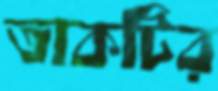
তাকটির